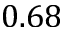
0 . 6 8